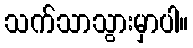
သက်သာသွားမှာပါ။